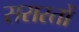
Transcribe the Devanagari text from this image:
सरारतों